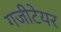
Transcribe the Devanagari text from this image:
गजीटेयर